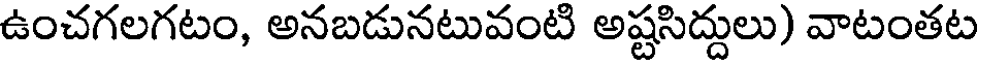
ఉంచగలగటం, అనబడునటువంటి అష్టసిద్దులు) వాటంతట